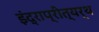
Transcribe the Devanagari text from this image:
इंद्राप्रीत्यर्थ